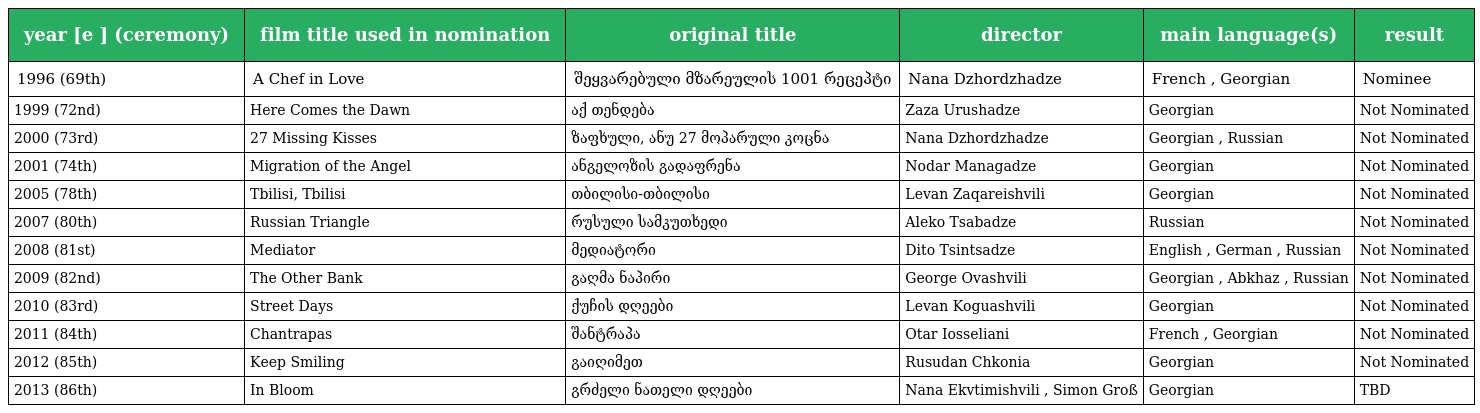
| year [e ] (ceremony) | film title used in nomination | original title | director | main language(s) | result |
 | --- | --- | --- | --- | --- | --- |
 | 1996 (69th) | A Chef in Love | შეყვარებული მზარეულის 1001 რეცეპტი | Nana Dzhordzhadze | French , Georgian | Nominee |
 | 1999 (72nd) | Here Comes the Dawn | აქ თენდება | Zaza Urushadze | Georgian | Not Nominated |
 | 2000 (73rd) | 27 Missing Kisses | ზაფხული, ანუ 27 მოპარული კოცნა | Nana Dzhordzhadze | Georgian , Russian | Not Nominated |
 | 2001 (74th) | Migration of the Angel | ანგელოზის გადაფრენა | Nodar Managadze | Georgian | Not Nominated |
 | 2005 (78th) | Tbilisi, Tbilisi | თბილისი-თბილისი | Levan Zaqareishvili | Georgian | Not Nominated |
 | 2007 (80th) | Russian Triangle | რუსული სამკუთხედი | Aleko Tsabadze | Russian | Not Nominated |
 | 2008 (81st) | Mediator | მედიატორი | Dito Tsintsadze | English , German , Russian | Not Nominated |
 | 2009 (82nd) | The Other Bank | გაღმა ნაპირი | George Ovashvili | Georgian , Abkhaz , Russian | Not Nominated |
 | 2010 (83rd) | Street Days | ქუჩის დღეები | Levan Koguashvili | Georgian | Not Nominated |
 | 2011 (84th) | Chantrapas | შანტრაპა | Otar Iosseliani | French , Georgian | Not Nominated |
 | 2012 (85th) | Keep Smiling | გაიღიმეთ | Rusudan Chkonia | Georgian | Not Nominated |
 | 2013 (86th) | In Bloom | გრძელი ნათელი დღეები | Nana Ekvtimishvili , Simon Groß | Georgian | TBD |